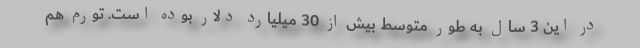
در این 3 سال به طور متوسط بیش از 30 میلیارد دلار بوده است. تورم هم